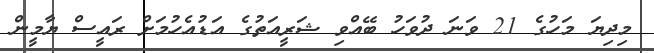
މިދިޔަ މަހުގެ 21 ވަނަ ދުވަހު ބޭއްވި ޝަރީއަތުގެ އަޑުއެހުމަށް ރައީސް ޔާމީން